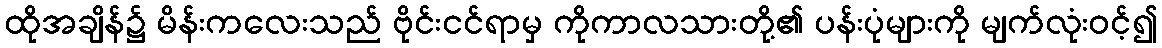
ထိုအချိန်၌ မိန်းကလေးသည် ဗိုင်းငင်ရာမှ ကိုကာလသားတို့၏ ပန်းပုံများကို မျက်လုံးဝင့်၍